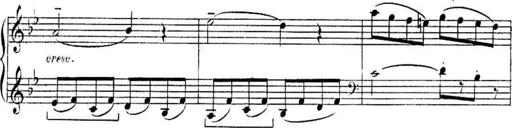
Title: Sonatines
Composer: Hedwige ChrÃ©tien